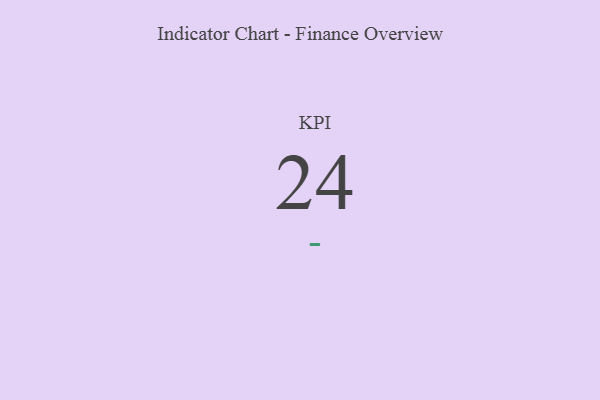
{"axis": {"x": "KPI", "y": "Value"}, "legend": [""], "data": [{"x": "KPI", "y": 24, "type": ""}]}